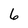
Character: 6